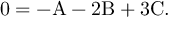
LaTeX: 0 = - \mathrm { A } - 2 \mathrm { B } + 3 \mathrm { C } .